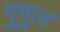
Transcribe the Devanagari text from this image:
गुगुल